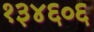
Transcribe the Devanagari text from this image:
१३४६०६